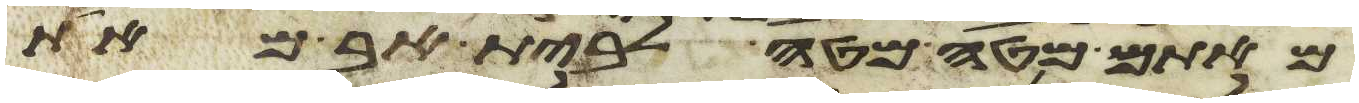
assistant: מאתם מטה מטה לבית אב מאת